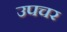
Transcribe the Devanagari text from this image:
उपचर